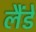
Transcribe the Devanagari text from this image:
लैंडे